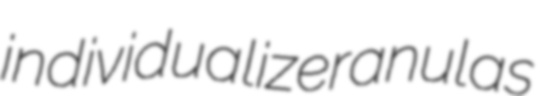
individualize ranulas